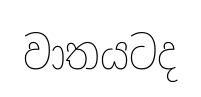
වාතයටද